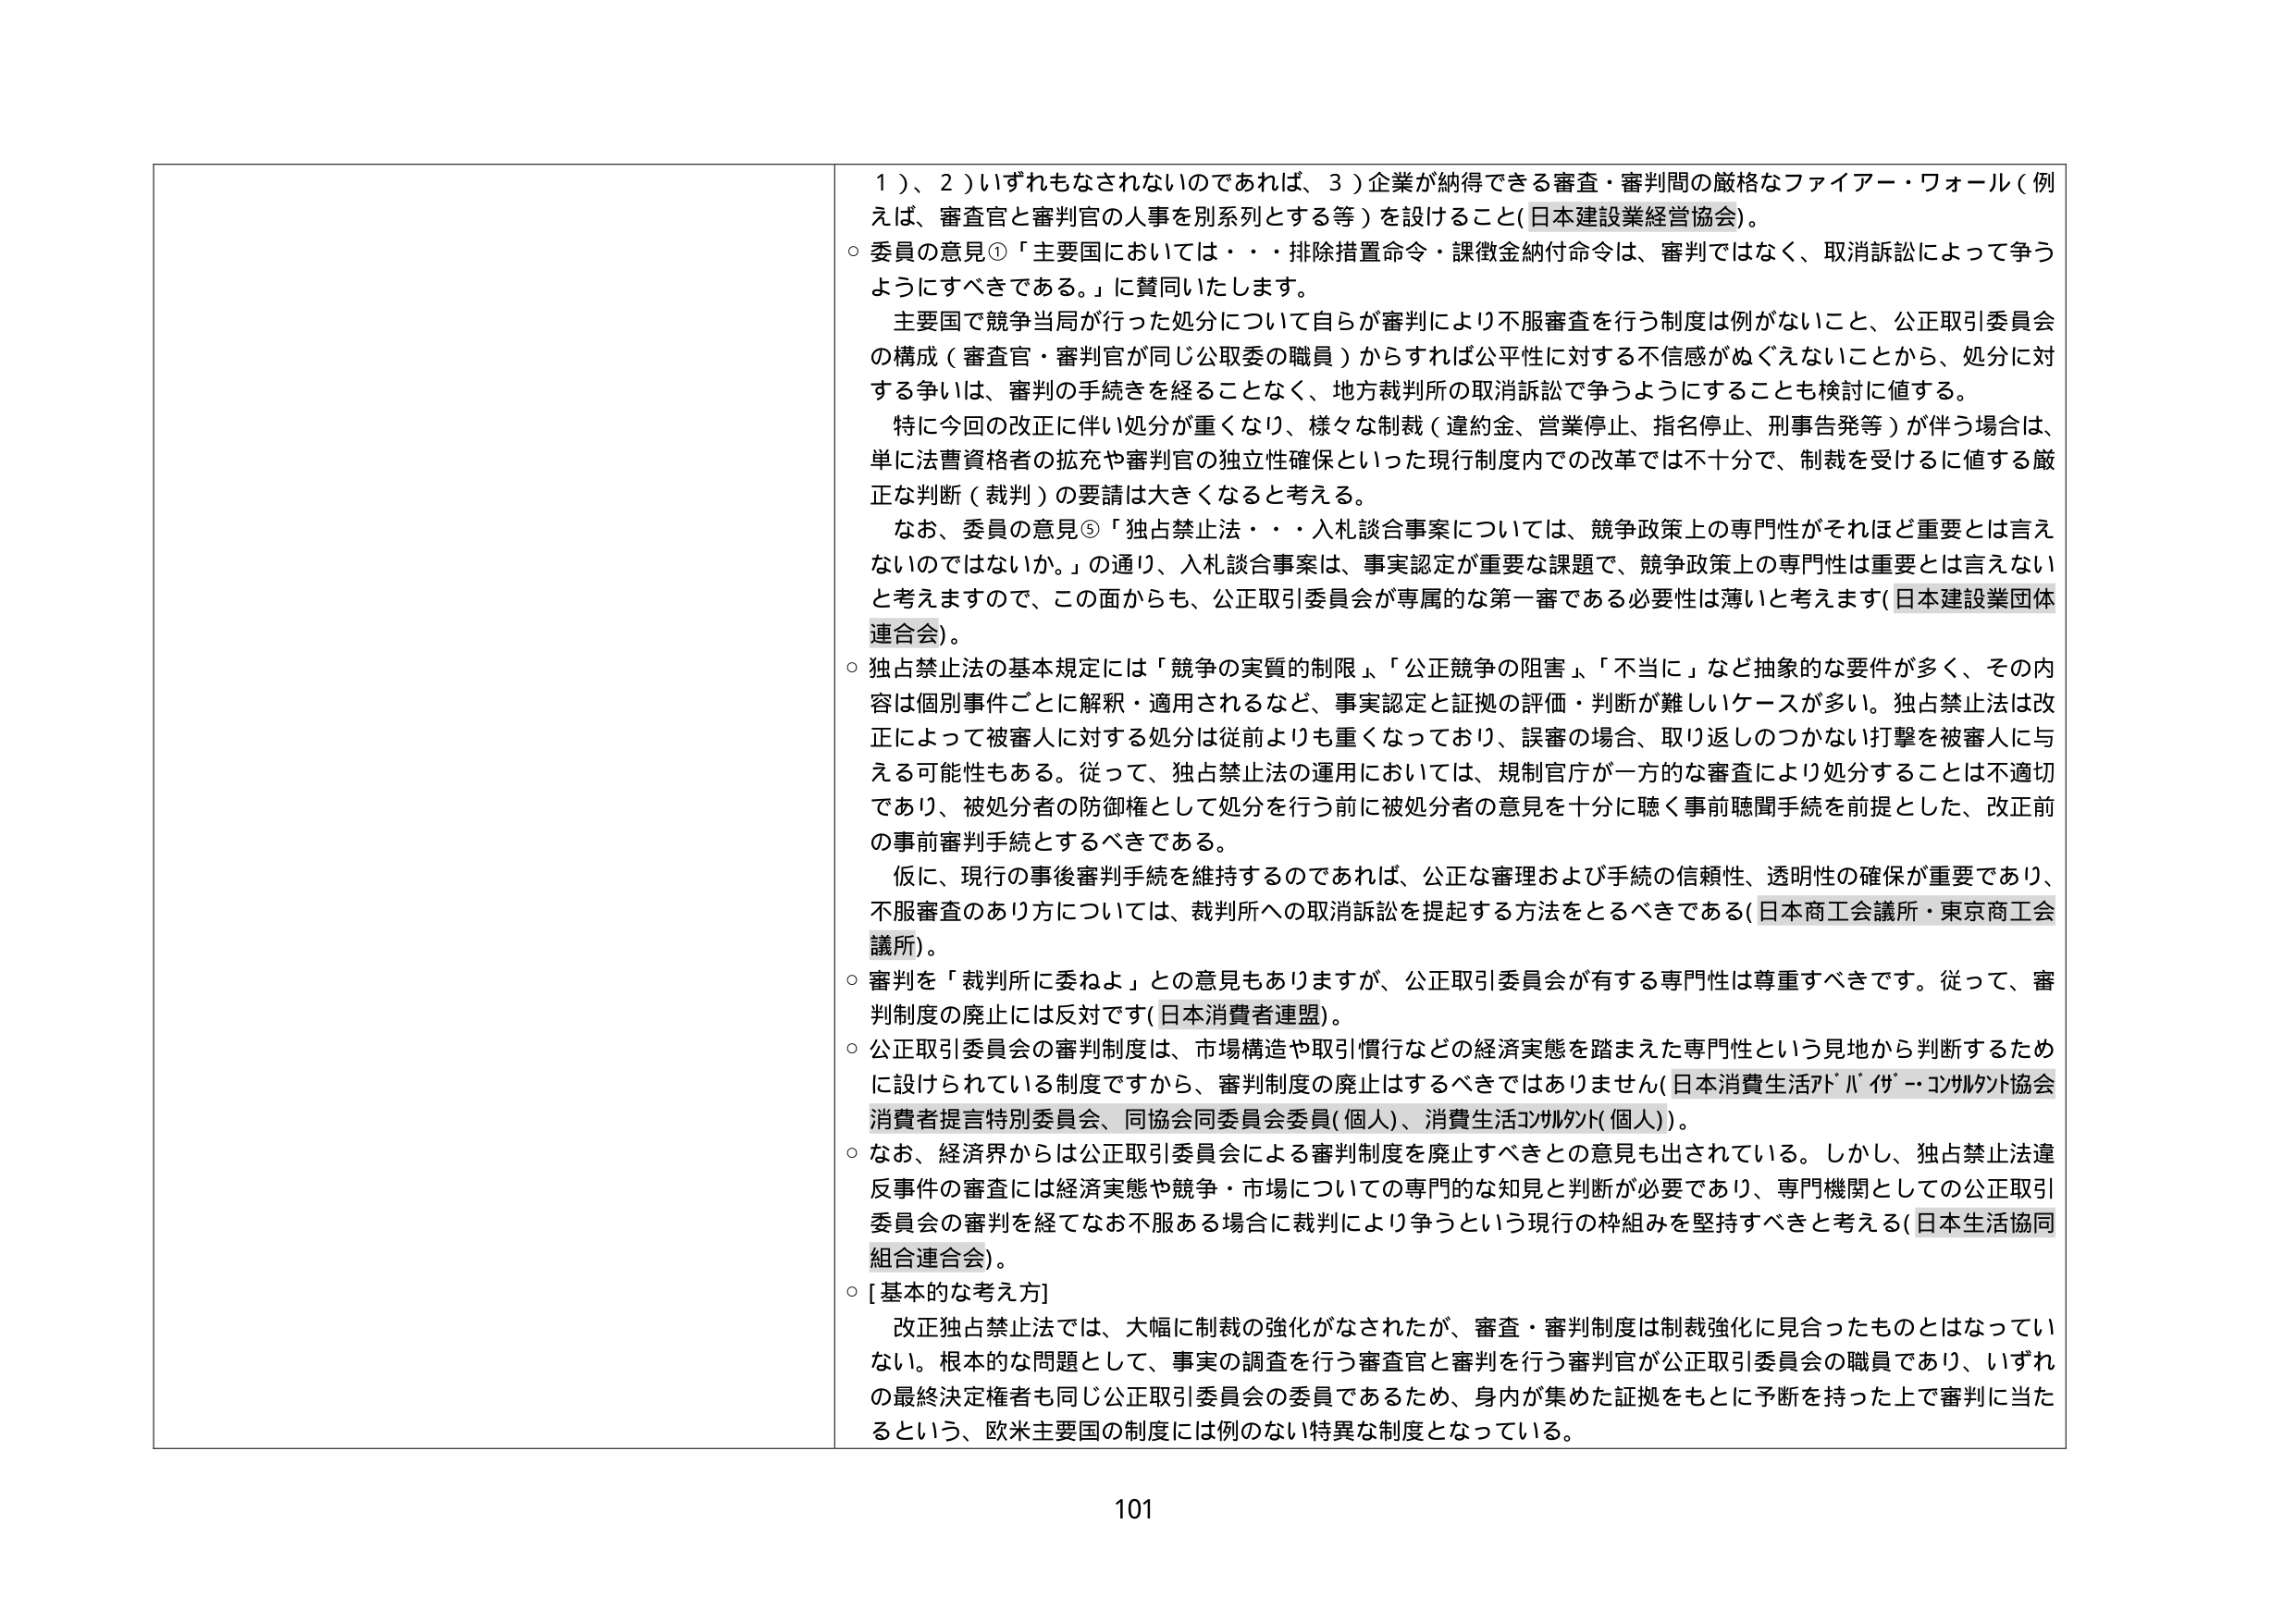
１）、２）いずれもなされないのであれば、３）企業が納得できる審査・審判間の厳格なファイアー・ウォール（例えば、審査官と審判官の人事を別系列とする等）を設けること（日本建設業経営協会）。

○ 委員の意見①「主要国においては・・・排除措置命令・課徴金納付命令は、審判ではなく、取消訴訟によって争うようにすべきである。」に賛同いたします。

　主要国で競争当局が行った処分について自らが審判により不服審査を行う制度は例がないこと、公正取引委員会の構成（審査官・審判官が同じ公取委の職員）からすれば公平性に対する不信感がぬぐえないことから、処分に対する争いは、審判の手続きを経ることなく、地方裁判所の取消訴訟で争うようにすることも検討に値する。

　特に今回の改正に伴い処分が重くなり、様々な制裁（違約金、営業停止、指名停止、刑事告発等）が伴う場合は、単に法曹資格者の拡充や審判官の独立性確保といった現行制度内での改革では不十分で、制裁を受けるに値する厳正な判断（裁判）の要請は大きくなると考える。

　なお、委員の意見⑤「独占禁止法・・・入札談合事案については、競争政策上の専門性がそれほど重要とは言えないのではないか。」の通り、入札談合事案は、事実認定が重要な課題で、競争政策上の専門性は重要とは言えないと考えますので、この面からも、公正取引委員会が専属的な第一審である必要性は薄いと考えます（日本建設業団体連合会）。

○ 独占禁止法の基本規定には「競争の実質的制限」、「公正競争の阻害」、「不当に」など抽象的な要件が多く、その内容は個別事件ごとに解釈・適用されるなど、事実認定と証拠の評価・判断が難しいケースが多い。独占禁止法は改正によって被審人に対する処分は従前よりも重くなっており、誤審の場合、取り返しのつかない打撃を被審人に与える可能性もある。従って、独占禁止法の運用においては、規制官庁が一方的な審査により処分することは不適切であり、被処分者の防御権として処分を行う前に被処分者の意見を十分に聴く事前聴聞手続を前提とした、改正前の事前審判手続とするべきである。

　仮に、現行の事後審判手続を維持するのであれば、公正な審理および手続の信頼性、透明性の確保が重要であり、不服審査のあり方については、裁判所への取消訴訟を提起する方法をとるべきである（日本商工会議所・東京商工会議所）。

○ 審判を「裁判所に委ねよ」との意見もありますが、公正取引委員会が有する専門性は尊重すべきです。従って、審判制度の廃止には反対です（日本消費者連盟）。

○ 公正取引委員会の審判制度は、市場構造や取引慣行などの経済実態を踏まえた専門性という見地から判断するために設けられている制度ですから、審判制度の廃止はするべきではありません（日本消費生活アドバイザーコンサルタント協会消費者提言特別委員会、同協会同委員会委員（個人）、消費生活コンサルタント（個人））。

○ なお、経済界からは公正取引委員会による審判制度を廃止すべきとの意見も出されている。しかし、独占禁止法違反事件の審査には経済実態や競争・市場についての専門的な知見と判断が必要であり、専門機関としての公正取引委員会の審判を経てなお不服ある場合に裁判により争うという現行の枠組みを堅持すべきと考える（日本生活協同組合連合会）。

○ [基本的な考え方]

　改正独占禁止法では、大幅に制裁の強化がなされたが、審査・審判制度は制裁強化に見合ったものとはなっていない。根本的な問題として、事実の調査を行う審査官と審判を行う審判官が公正取引委員会の職員であり、いずれの最終決定権者も同じ公正取引委員会の委員であるため、身内が集めた証拠をもとに予断を持った上で審判に当たるという、欧米主要国の制度には例のない特異な制度となっている。

101